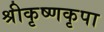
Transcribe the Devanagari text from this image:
श्रीकृष्णकृपा